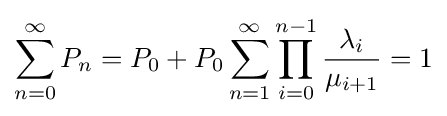
\sum _{n=0}^{\infty }P_{n}=P_{0}+P_{0}\sum _{n=1}^{\infty }\prod _{i=0}^{n-1}{\frac {\lambda _{i}}{\mu _{i+1}}}=1